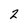
Character: 2